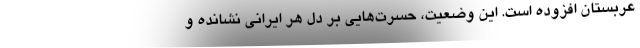
عربستان افزوده است. این وضعیت، حسرت‌هایی بر دل هر ایرانی نشانده و